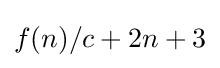
f(n)/c+2n+3